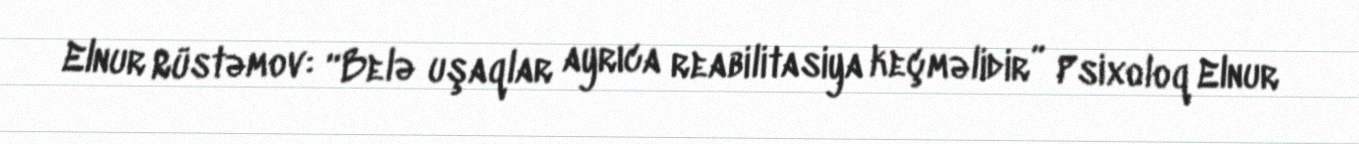
Elnur Rüstəmov: “Belə uşaqlar ayrıca reabilitasiya keçməlidir” Psixoloq Elnur